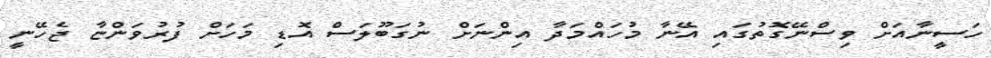
ހަސީނާއަށް ވިސްނޭގޮތުގައި އޭނާ މުހައްމަދާ އިންނަށް ނުގަބޫލަސް އޮޑި މަހަށް ފުރުވަންޏާ ޖެހޭނީ